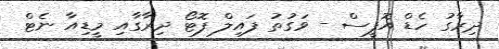
ދިރާގު ހެޑް އޮފީސް - ވަގުތު ފައިލް ފޮޓޯ ދިރާގާއި މީޑިއާ ނެޓް